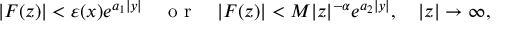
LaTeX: \vert F ( z ) \vert < \varepsilon ( x ) e ^ { a _ { 1 } \vert y \vert } \quad \textrm { o r } \quad \vert F ( z ) \vert < M \vert z \vert ^ { - \alpha } e ^ { a _ { 2 } \vert y \vert } , \quad \vert z \vert \to \infty ,